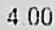
4.00